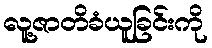
လူ့ဇာတိခံယူခြင်းကို